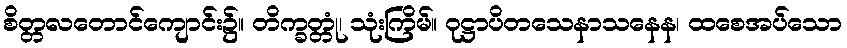
စိတ္တလတောင်ကျောင်း၌။ တိက္ခတ္တုံ၊ သုံးကြိမ်။ ဝုဋ္ဌာပိတသေနာသနေန၊ ထစေအပ်သော